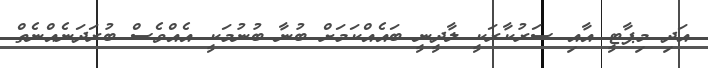
އަދި މިޕާޓީ އާއި ސަރުކާރަކީ ލާދީނީ ބައެއްކަމަށް ބުނާ ބުނުމަކީ އެއްވެސް ބުރަދަނެއްނެތް